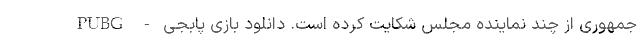
جمهوری از چند نماینده مجلس شکایت کرده است. دانلود بازی پابجی - PUBG